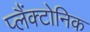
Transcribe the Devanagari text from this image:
प्लैंक्टोनिक